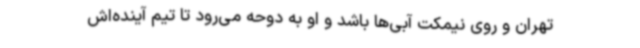
تهران و روی نیمکت آبی‌ها باشد و او به دوحه می‌رود تا تیم آینده‌اش